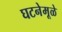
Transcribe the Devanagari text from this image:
घटनेमूळे